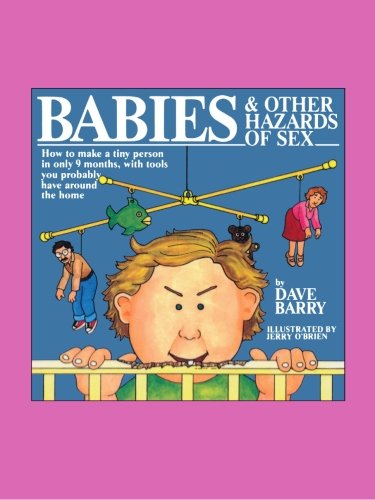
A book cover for Babies and Other Hazards of Sex: How to Make a Tiny Person in Only 9 Months, with Tools You Probably Have around the Home; Dave Barry; Humor & Entertainment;